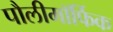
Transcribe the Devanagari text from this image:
पौलीमॉर्फिक